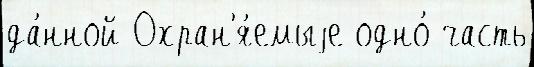
да́нной Охран'я́емыjе одно́ часть